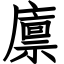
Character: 廪